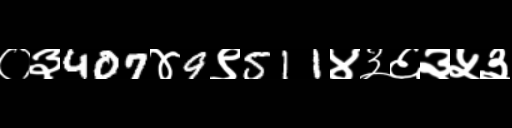
Text: ०३407४9९511४३६३५३